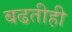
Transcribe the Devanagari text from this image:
बढतीही